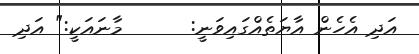
އަދި އެހެން އާޔަތެއްގައިވަނީ:      މާނައަކީ:" އަދި